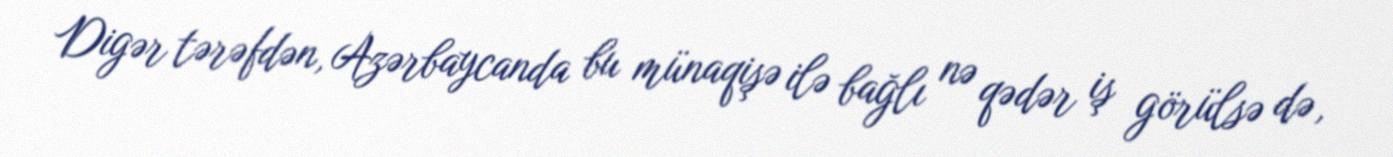
Digər tərəfdən, Azərbaycanda bu münaqişə ilə bağlı nə qədər iş görülsə də,